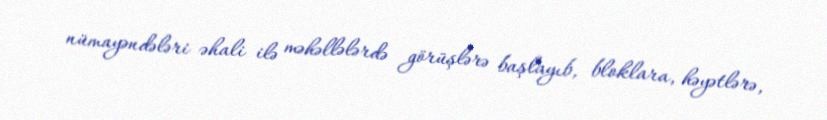
nümayəndələri əhali ilə məhəllələrdə görüşlərə başlayıb, bloklara, həyətlərə,